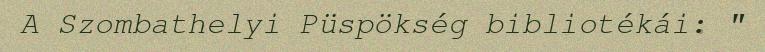
A Szombathelyi Püspökség bibliotékái: "